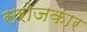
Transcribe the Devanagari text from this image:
सरोजकार